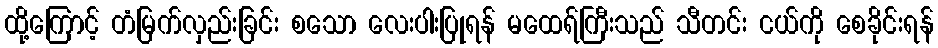
ထို့ကြောင့် တံမြက်လှည်းခြင်း စသော လေးပါးပြုရန် မထေရ်ကြီးသည် သီတင်း ငယ်ကို စေခိုင်းရန်